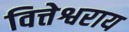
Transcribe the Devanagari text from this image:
वित्तेश्वराय